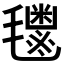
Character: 𬇈